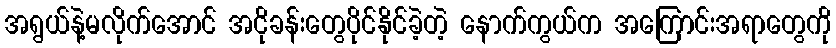
အရွယ်နဲ့မလိုက်အောင် အငိုခန်းတွေပိုင်နိုင်ခဲ့တဲ့ နောက်ကွယ်က အကြောင်းအရာတွေကို